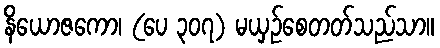
နိယောဇကော၊ (ပေ ၃၀၇) မယှဉ်စေတတ်သည်သာ။